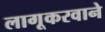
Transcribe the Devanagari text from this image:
लागूकरवाने